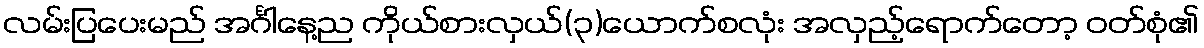
လမ်းပြပေးမည် အင်္ဂါနေ့ည ကိုယ်စားလှယ်(၃)ယောက်စလုံး အလှည့်ရောက်တော့ ဝတ်စုံ၏